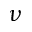
\boldsymbol { \nu }